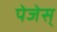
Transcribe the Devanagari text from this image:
पेजेस्